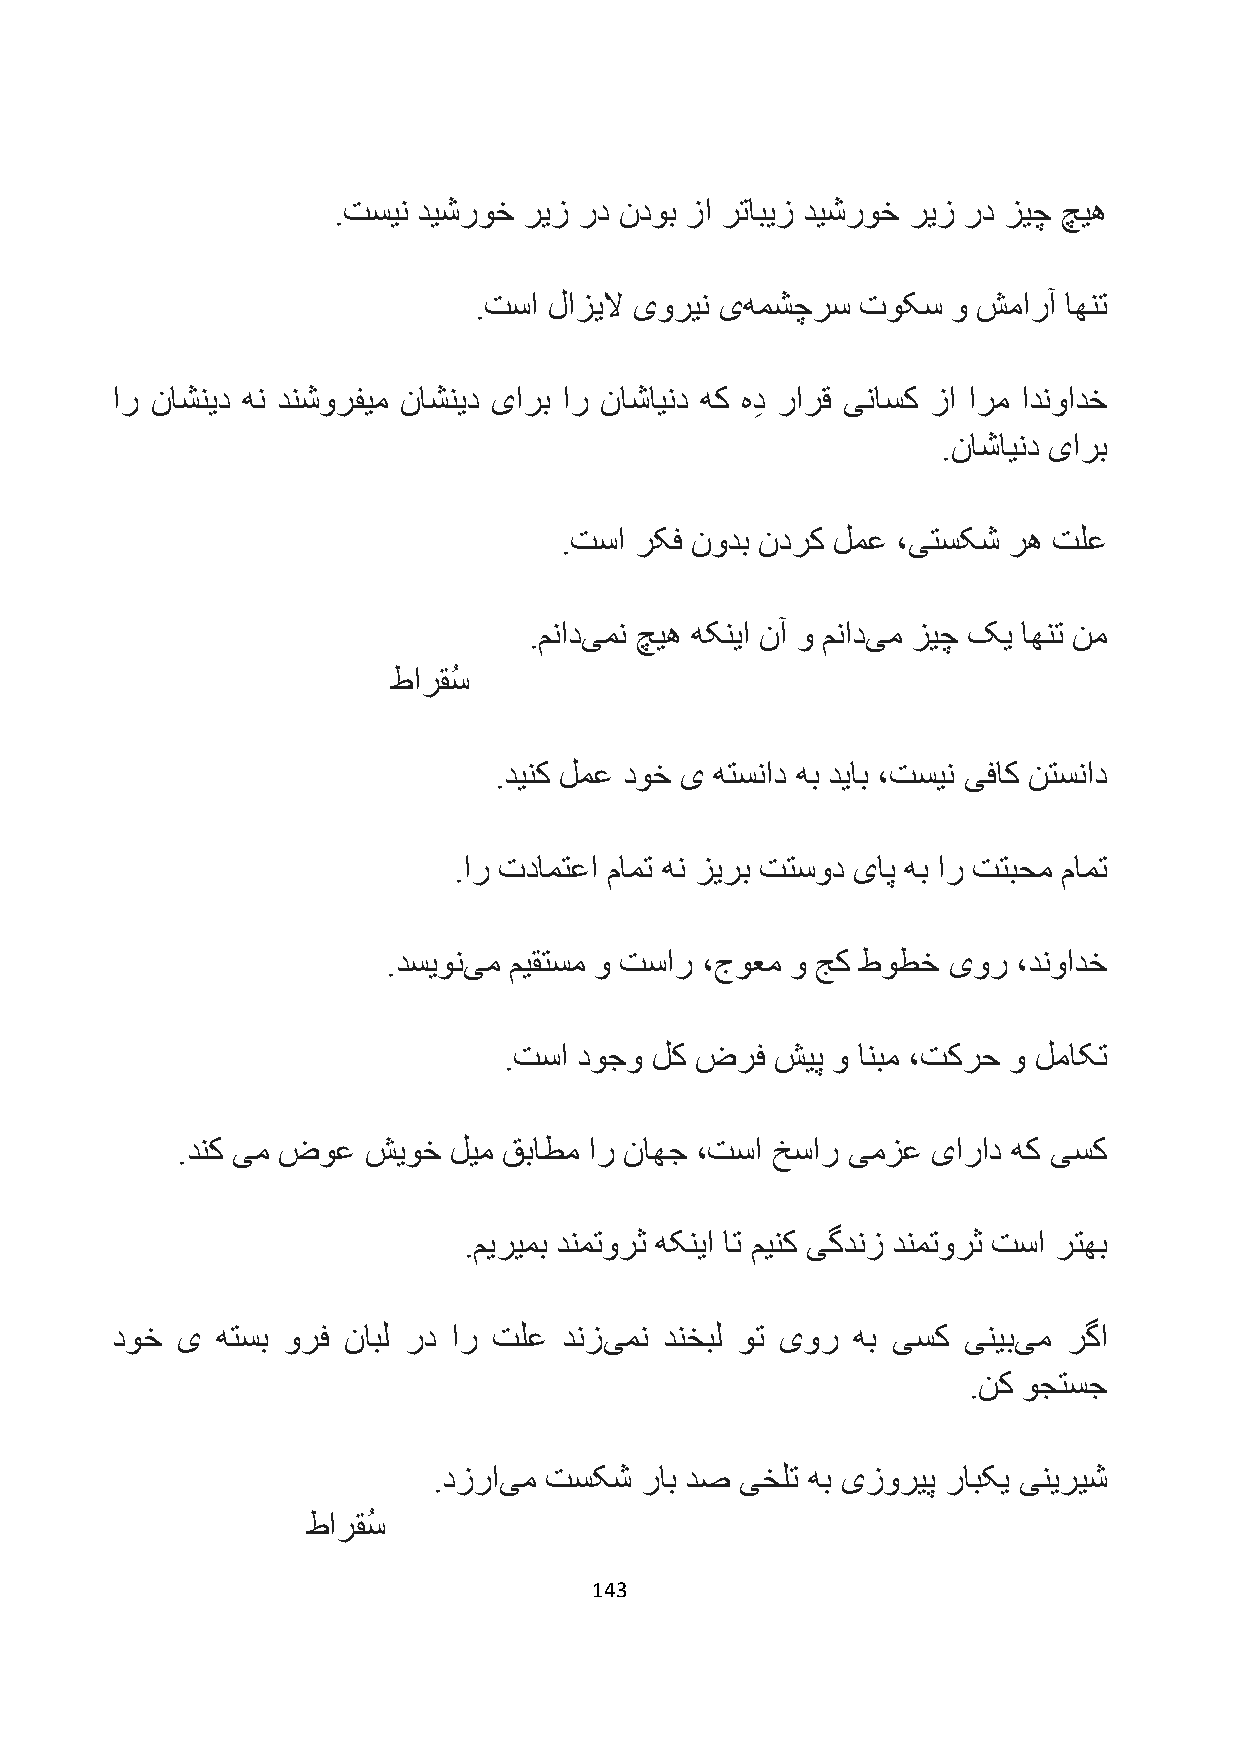
.تسین دیشروخ ریز رد ندوب زا رتابیز دیشروخ ریز رد زیچ چیه
 .تسا لازیلا یورین یهمشچرس توکس  و شمارآ اهنت
 ار ناشنید هن دنشورفیم ناشنید یارب ار ناشایند هک هدِ رارق یناسک زا ارم ادنوادخ
 .ناشایند یارب
 .تسا رکف نودب ندرک لمع ،یتسکش ره تلع
 .منادیمن چیه هکنیا نآ و منادیم زیچ کی اهنت نم
 طارق سُ
 .دینک لمع دوخ ی هتسناد هب دیاب ،تسین یفاک نتسناد
 .ار تدامتعا مامت هن زیرب تتسود یاپ هب ار تتبحم مامت
 .دسیونیم میقتسم و تسار ،جوعم و جک طوطخ یور ،دنوادخ
 .تسا دوجو لک ضرف  شیپ و انبم ،تکرح و لماکت
 .دنك یم ضوع شیوخ  لیم قباطم ار ناهج ،تسا خسار یمزع یاراد هك یسك
 .میریمب دنمتورث هکنیا ات مینک یگدنز دنمتورث تسا رتهب
 دوخ  ی هتسب ورف نابل رد ار تلع دنزیمن دنخبل وت یور هب یسک ینیبیم رگا
 .نک وجتسج
 .دزرایم تسکش راب دص یخلت هب یزوریپ رابکی ینیریش
 طارق سُ
 143